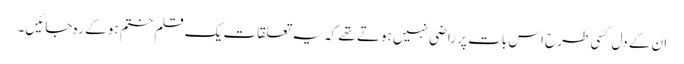
ان کے دل کسی طرح اس بات پر راضی نہیں ہوتے تھے کہ یہ تعلقات یک قلم ختم ہو کے رہ جائیں۔